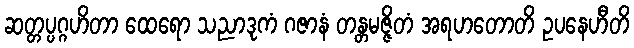
ဆတ္တပ္ပဂ္ဂဟိတာ ထေရော သညာဒုကံ ဂဇာနံ တန္တမဇ္ဇိတံ အရဟတောတိ ဥပနေဟီတိ